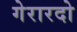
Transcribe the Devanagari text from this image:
गेरारदो